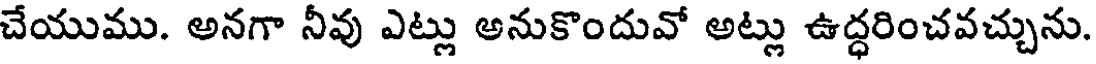
చేయుము. అనగా నీవు ఎట్లు అనుకొందువో అట్లు ఉద్ధరించవచ్చును